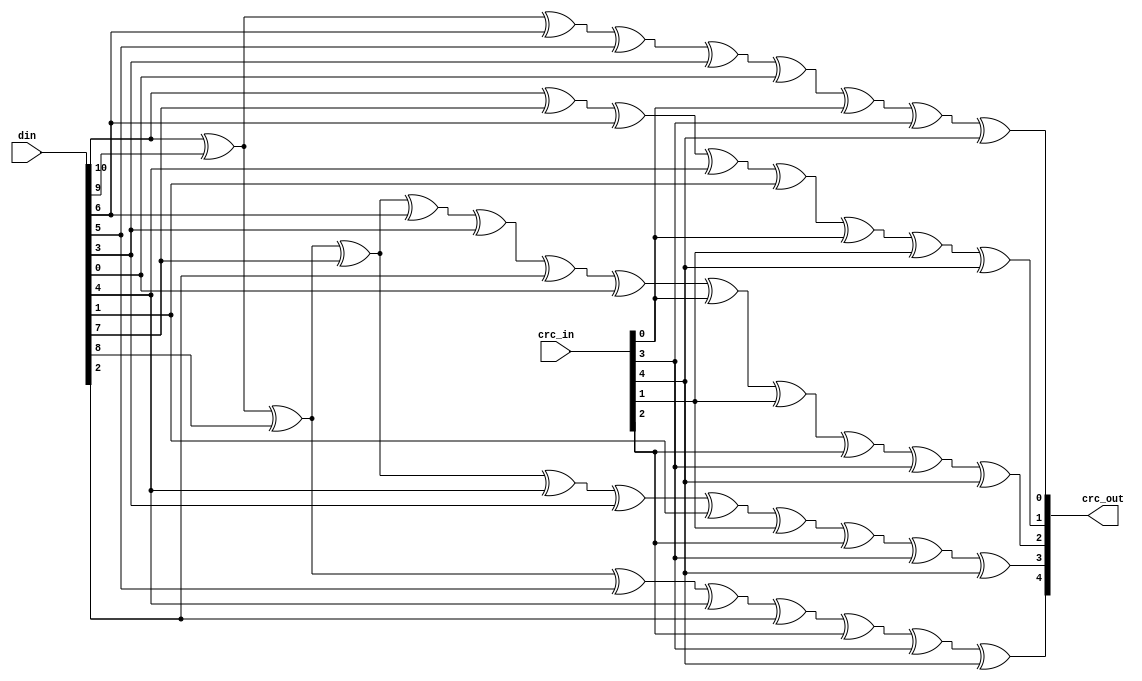
module usbf_crc5(crc_in, din, crc_out);
input	[4:0]	crc_in;
input	[10:0]	din;
output	[4:0]	crc_out;

wire crc_0, crc_1, crc_2, crc_3, crc_4;

assign crc_out = {crc_4, crc_3, crc_2, crc_1, crc_0};

assign crc_0 =	din[10] ^ din[9] ^ din[6] ^ din[5] ^ din[3] ^
			din[0] ^ crc_in[0] ^ crc_in[3] ^ crc_in[4];

assign crc_1 =	din[10] ^ din[7] ^ din[6] ^ din[4] ^ din[1] ^
			crc_in[0] ^ crc_in[1] ^ crc_in[4];

assign crc_2 =	din[10] ^ din[9] ^ din[8] ^ din[7] ^ din[6] ^
			din[3] ^ din[2] ^ din[0] ^ crc_in[0] ^ crc_in[1] ^
			crc_in[2] ^ crc_in[3] ^ crc_in[4];

assign crc_3 =	din[10] ^ din[9] ^ din[8] ^ din[7] ^ din[4] ^ din[3] ^
			din[1] ^ crc_in[1] ^ crc_in[2] ^ crc_in[3] ^ crc_in[4];

assign crc_4 =	din[10] ^ din[9] ^ din[8] ^ din[5] ^ din[4] ^ din[2] ^
			crc_in[2] ^ crc_in[3] ^ crc_in[4];

endmodule